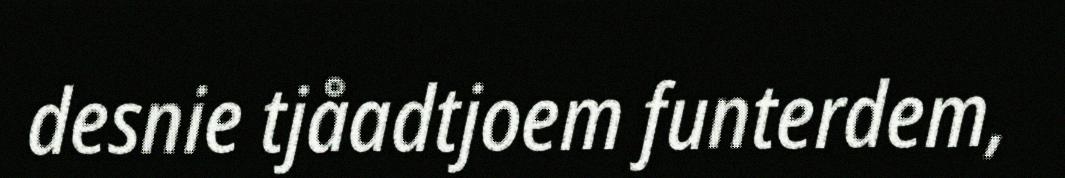
desnie tjåadtjoem funterdem,